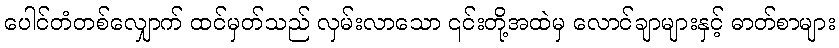
ပေါင်တံတစ်လျှောက် ထင်မှတ်သည် လှမ်းလာသော ၎င်းတို့အထဲမှ လောင်ချာများနှင့် ဓာတ်စာများ